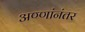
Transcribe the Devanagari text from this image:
अण्णांनंतर